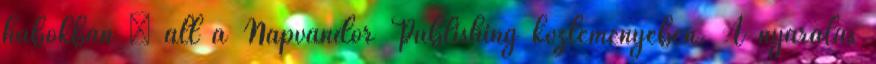
habokban – áll a Napvándor Publishing közleményében. A nyaralás